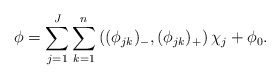
\begin{align*} \phi = \sum_{j=1}^J \sum_{k=1}^n \left((\phi_{jk})_-, (\phi_{jk})_+\right)\chi_j + \phi_0.\end{align*}